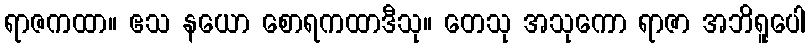
ရာဇကထာ။ ဧသ နယော စောရကထာဒီသု။ တေသု အသုကော ရာဇာ အဘိရူပေါ